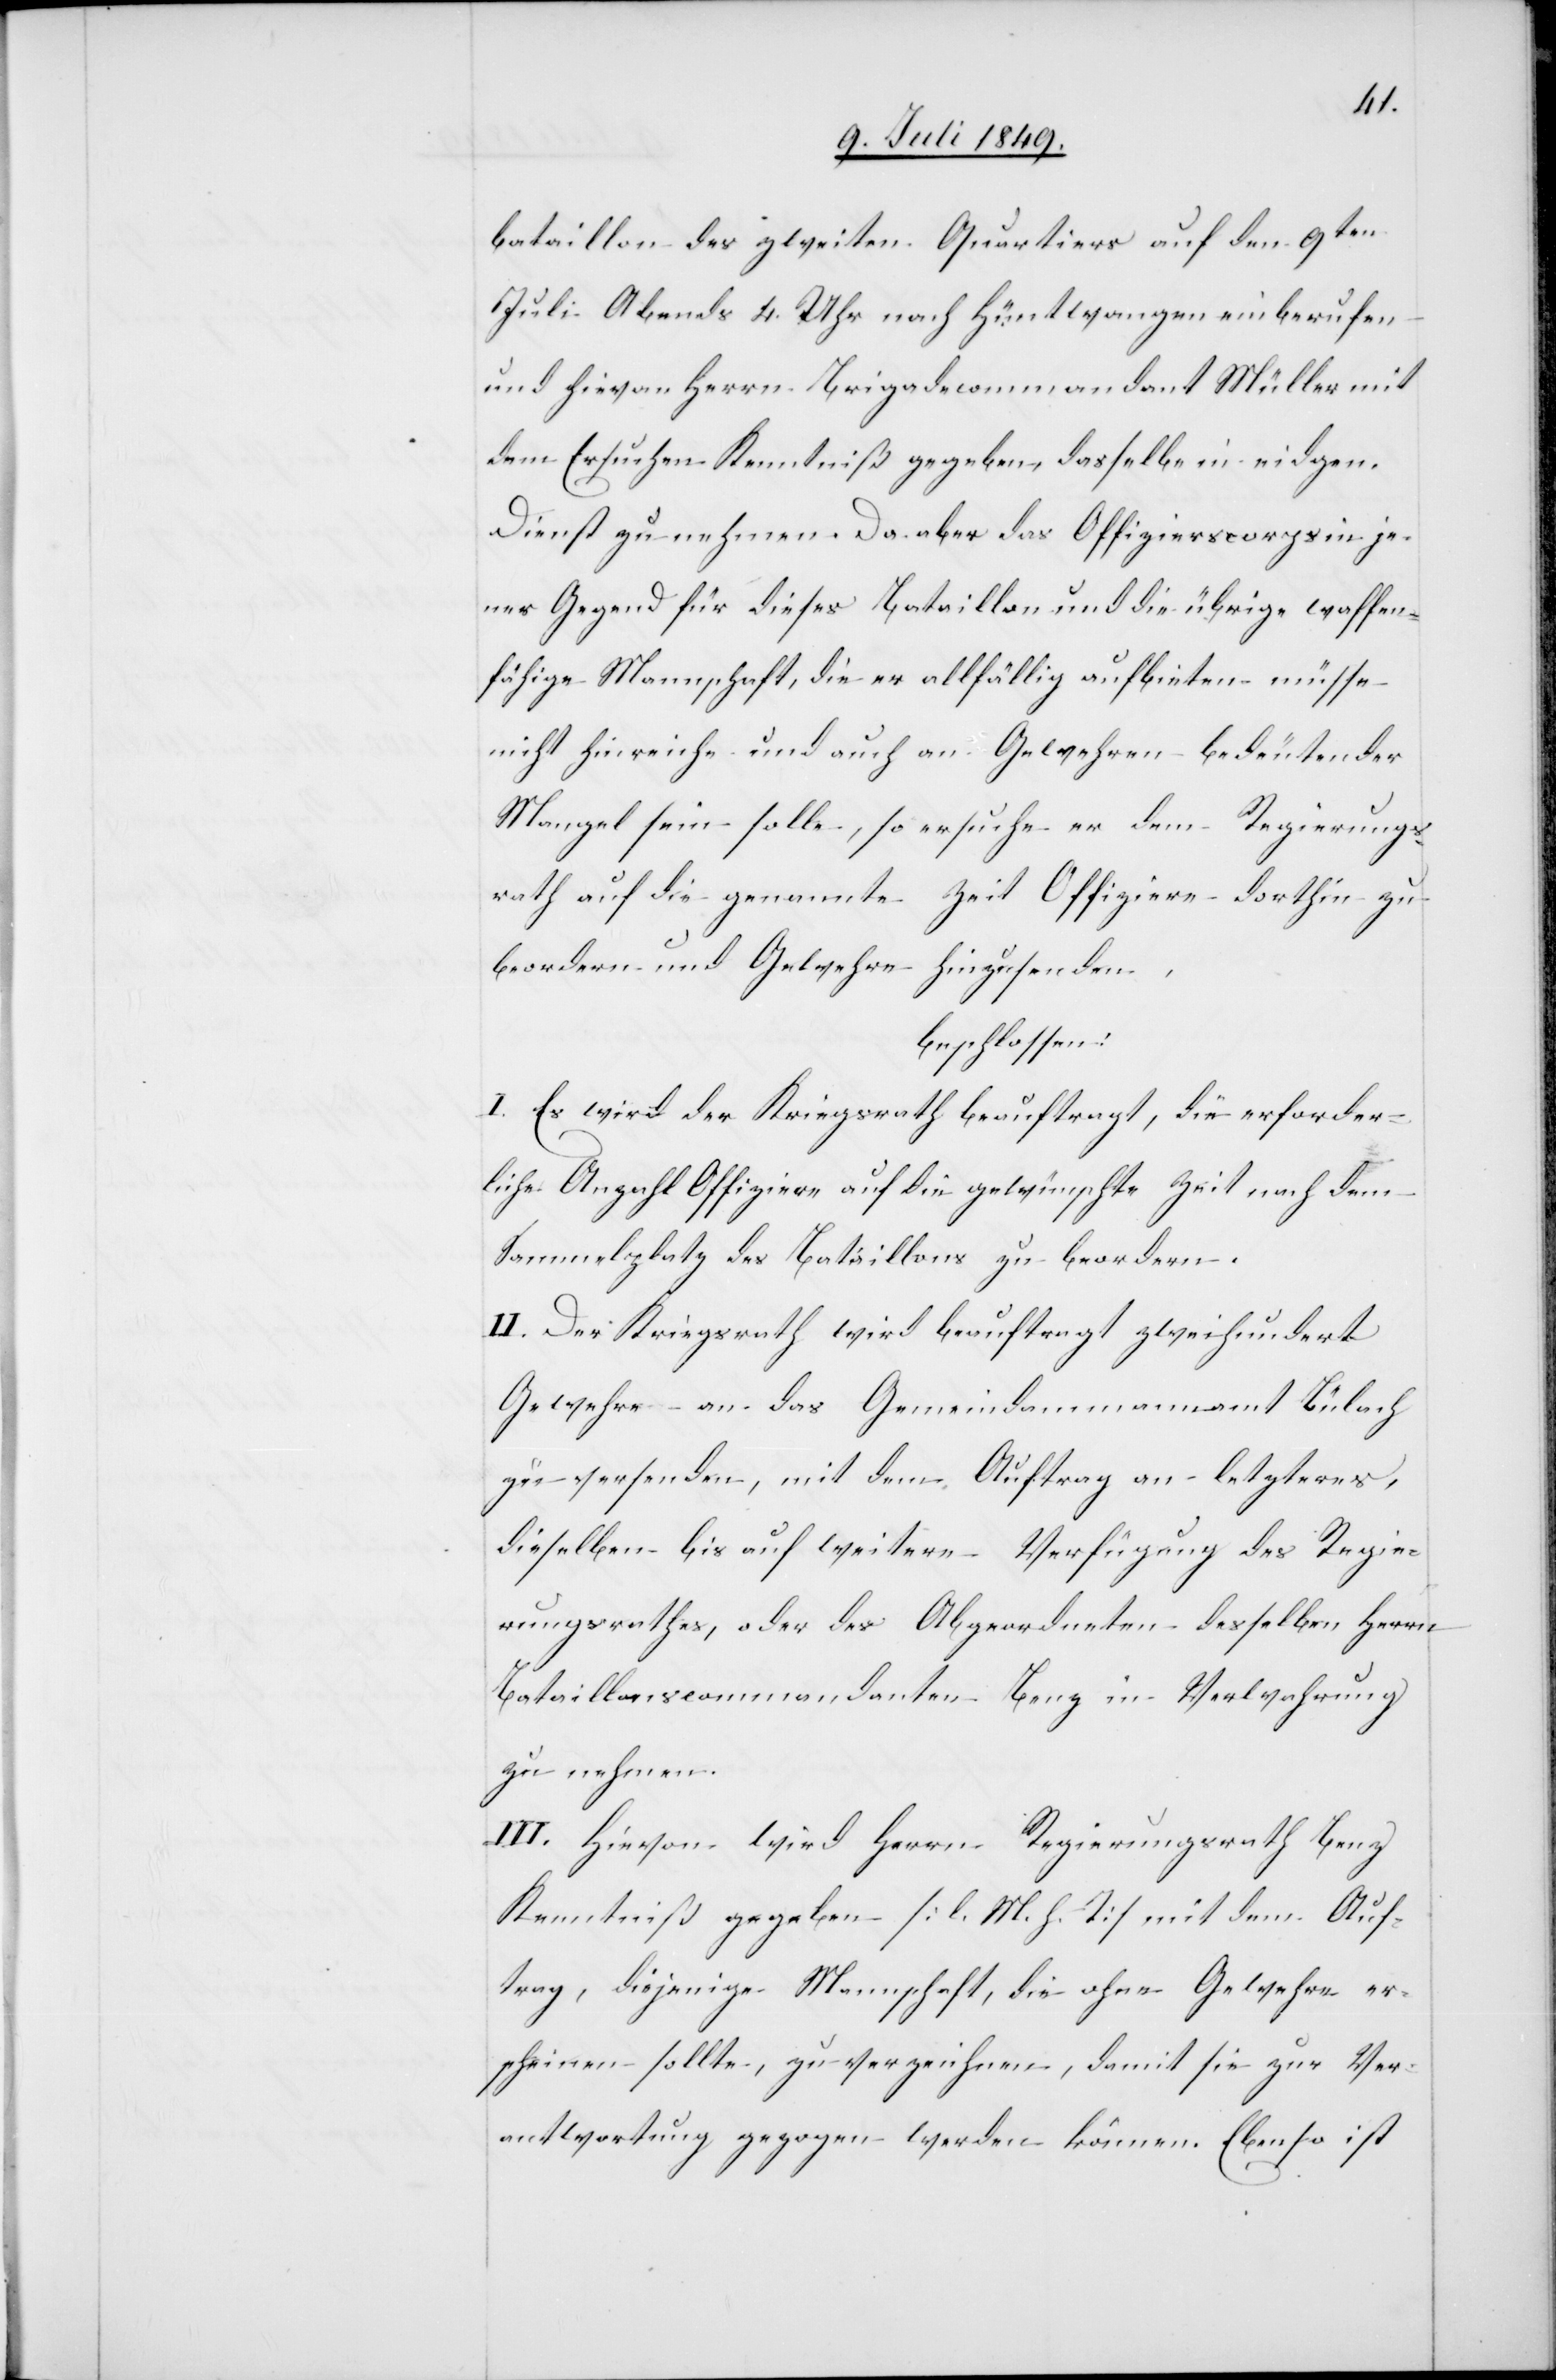
bataillon des zweiten Quartiers auf den 9ten
Juli Abends 4. Uhr nach Hüntwangen einberufen
und hievon Herrn Brigadecommandant Müller mit
dem Ersuchen Kenntniß gegeben, dasselbe in eidgen.
Dienst zu nehmen. Da aber das Offizierscorps in je¬
ner Gegend für dieses Bataillon und die übrige waffen¬
fähige Mannschaft, die er allfällig aufbieten müsse
nicht hinreiche und auch an Gewehren bedeutender
Mangel sein solle, so ersuche er den Regierungs¬
rath auf die genannte Zeit Offiziere dorthin zu
beordern und Gewehre hinzusenden,
beschlossen:
I. Es wird der Kriegsrath beauftragt, die erforder¬
liche Anzahl Offiziere auf die gewünschte Zeit nach dem
Sammelplatz des Bataillons zu beordern.
II. Der Kriegsrath wird beauftragt zweihundert
Gewehre an das Gemeindammannamt Bülach
zu versenden, mit dem Auftrag an letzteres,
dieselben bis auf weitere Verfügung des Regie¬
rungsrathes, oder des Abgeordneten desselben Herrn
Bataillonscommandanten Benz in Verwahrung
zu nehmen.
III. Hievon wird Herrn Regierungsrath Benz
Kenntniß gegeben [l. M. h. T] mit dem Auf¬
trag, diejenige Mannschaft, die ohne Gewehre er¬
scheinen sollte, zu verzeichnen, damit sie zur Ver¬
antwortung gezogen werden können. Ebenso ist